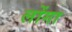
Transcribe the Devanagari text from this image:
लोंगा